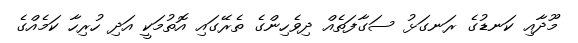
މޫދާއި ކަނޑުގެ ރަނގަޅު ސަގާފަތެއް ދިވެހިންގެ ތެރޭގައި އޮތުމަކީ އަދި ހުރިހާ ކަމެއްގެ